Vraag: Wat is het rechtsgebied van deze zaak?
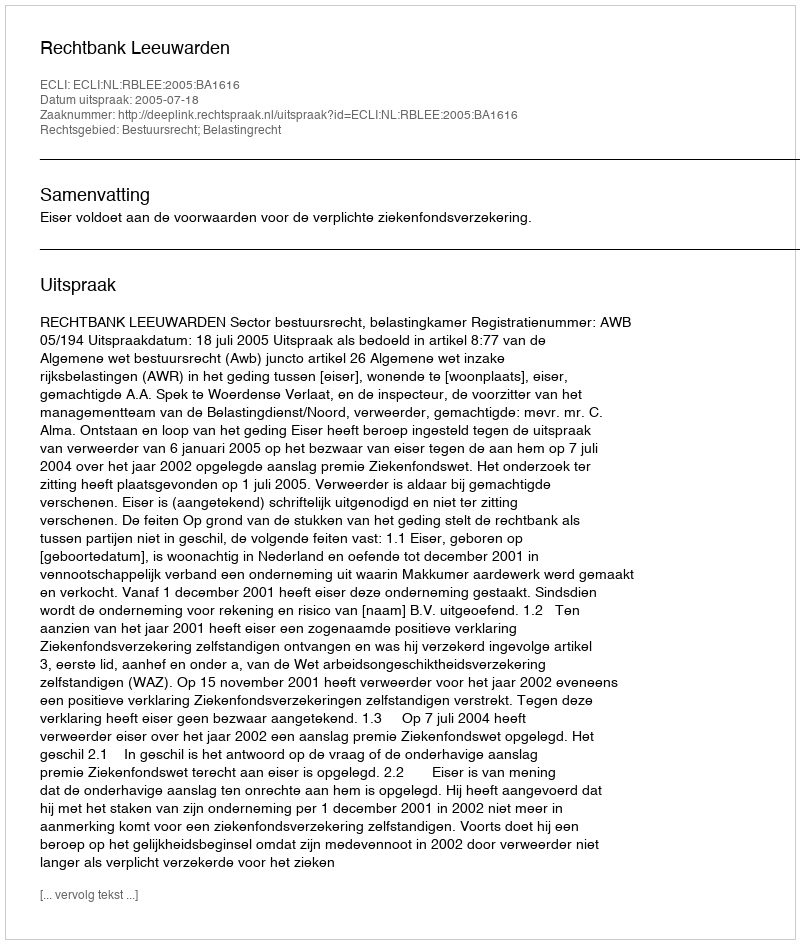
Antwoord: Bestuursrecht; Belastingrecht